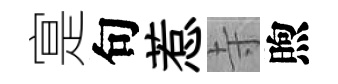
寔句惹寺煦